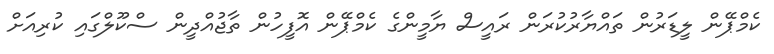
ކެމްޕޭން ލީޑަރުން ތައްޔާރުކުރަން ރައީސް ޔާމީންގެ ކެމްޕޭން އޮފީހުން ތާޖުއްދީން ސްކޫލްގައި ކުރިއަށް